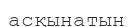
асқынатын